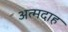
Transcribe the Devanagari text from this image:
अत्मदाह